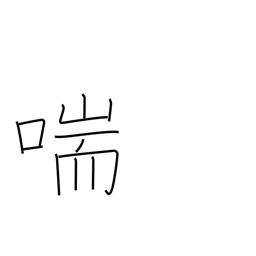
Meaning: gasp